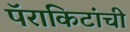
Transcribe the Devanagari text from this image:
पॅराकिटांची